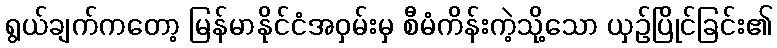
ရွယ်ချက်ကတော့ မြန်မာနိုင်ငံအဝှမ်းမှ စီမံကိန်းကဲ့သို့သော ယှဉ်ပြိုင်ခြင်း၏